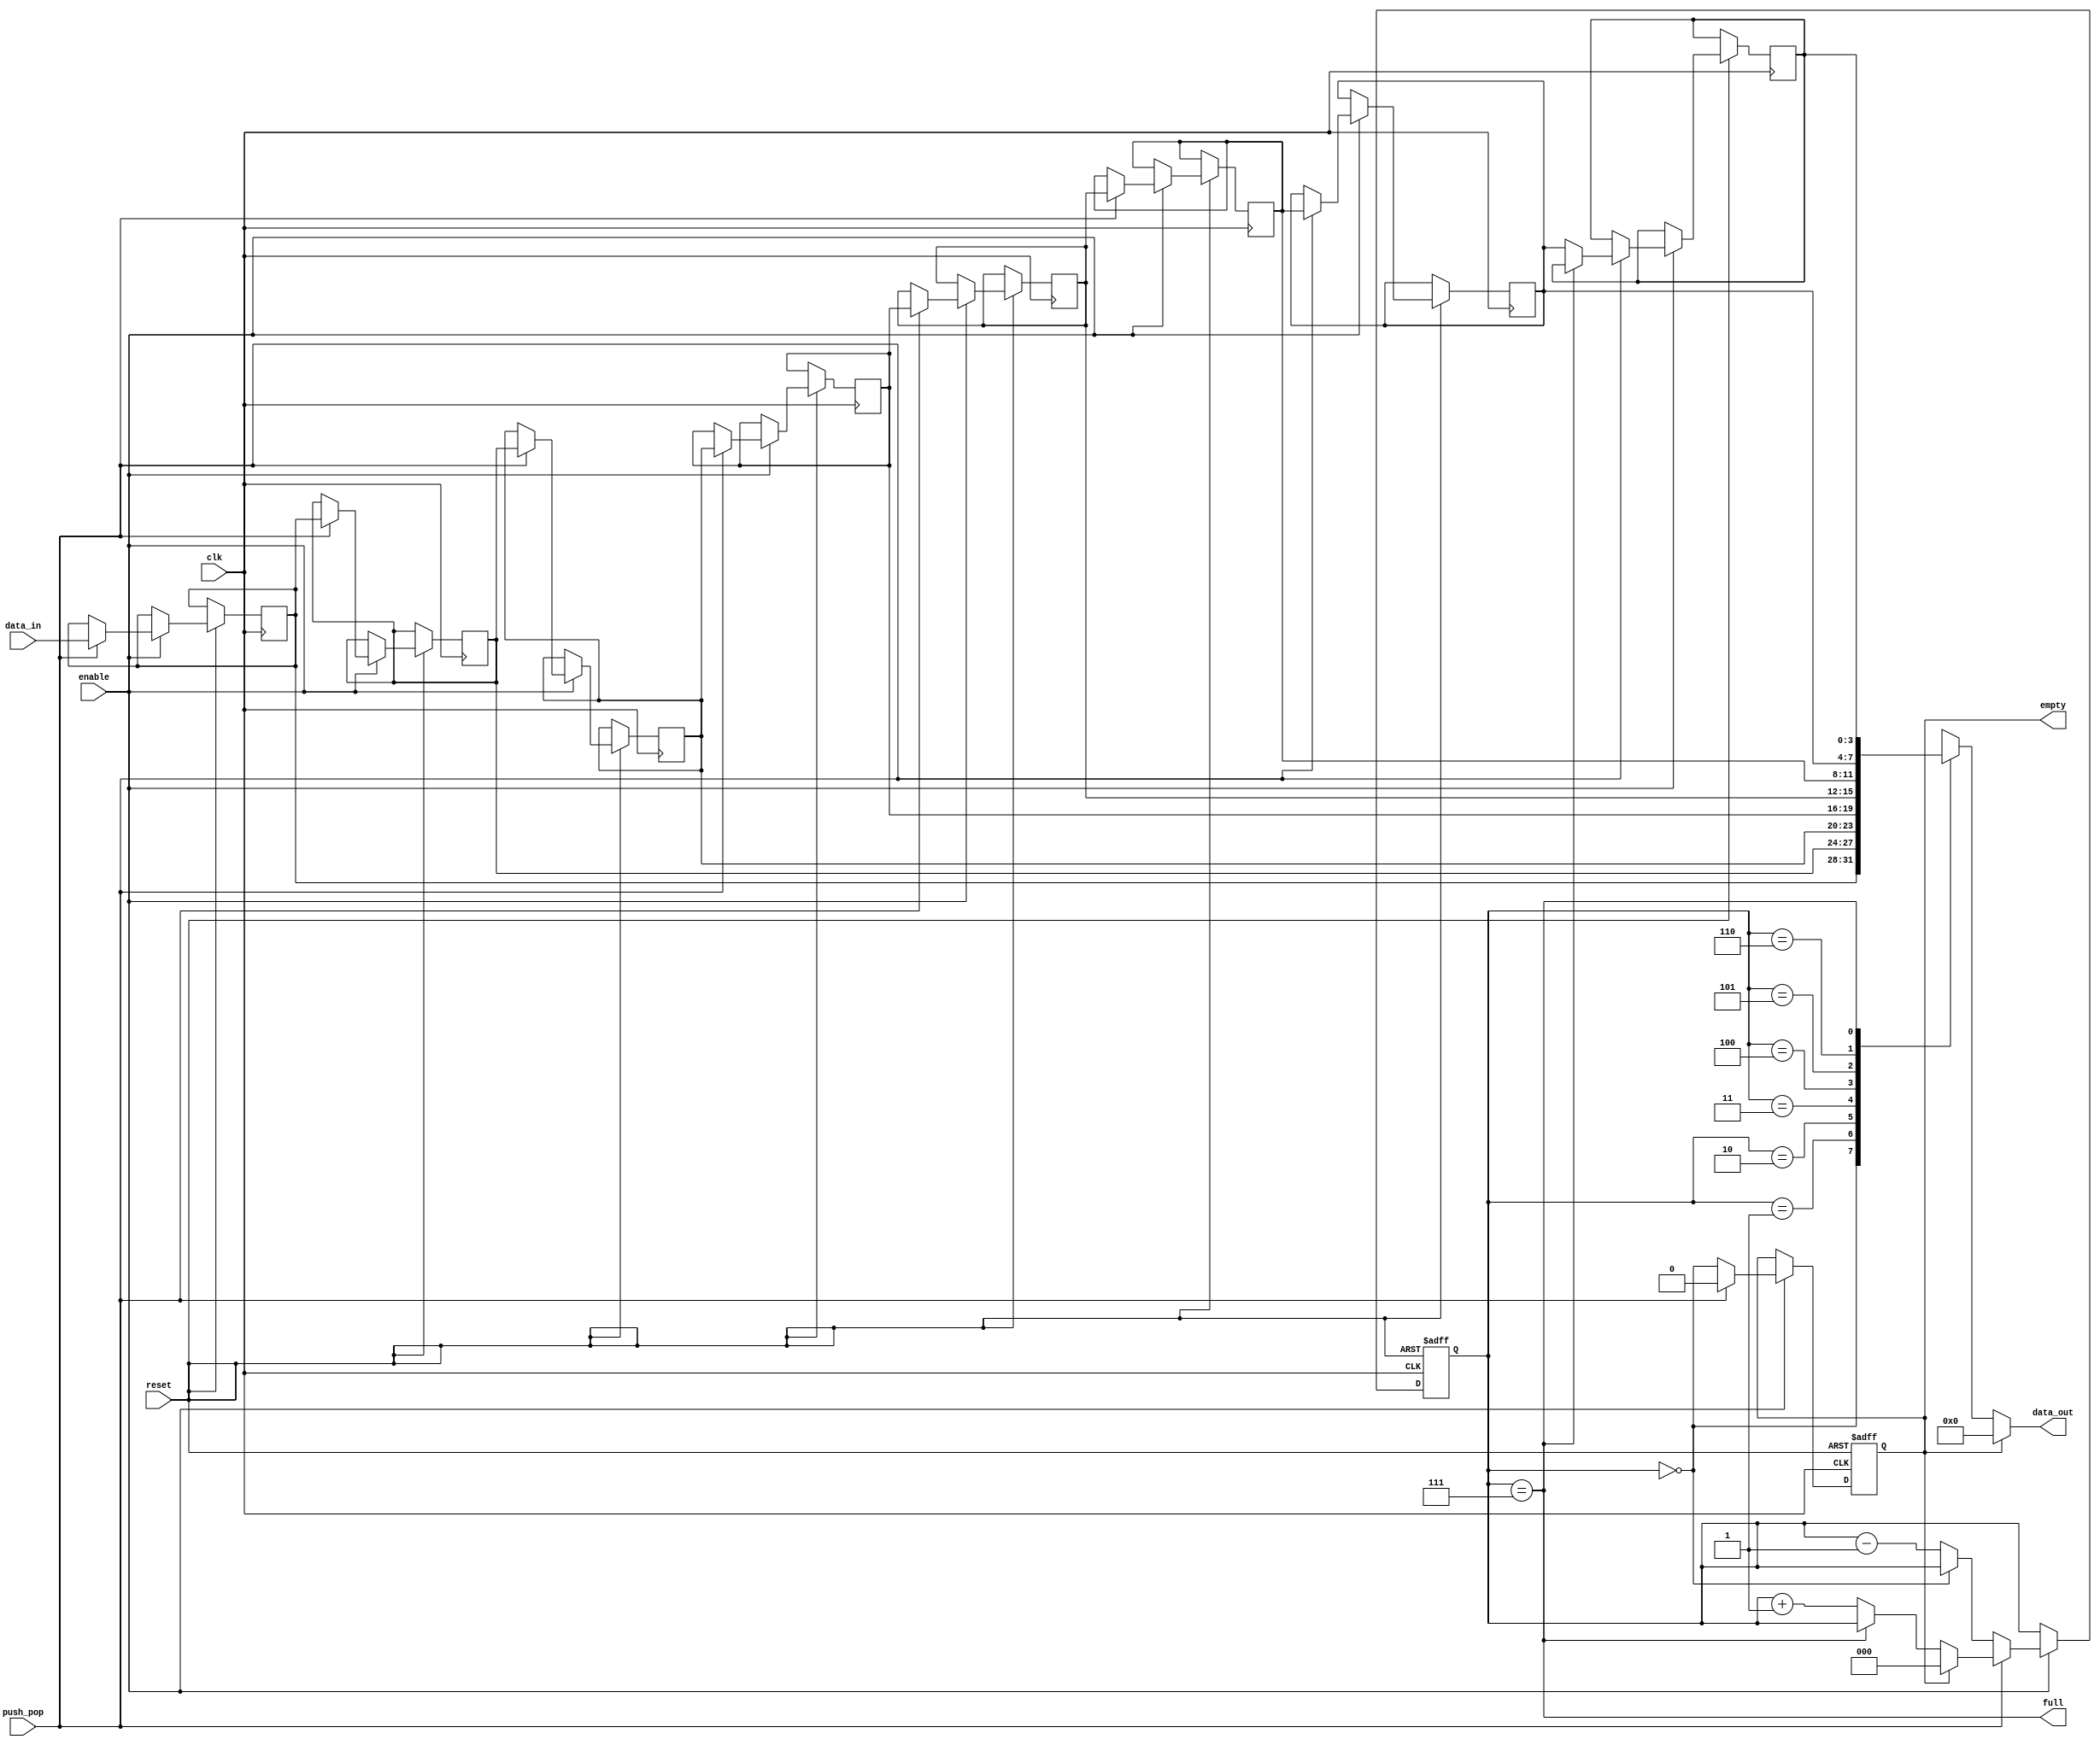
module Queue_4bit_8(clk, reset, enable, push_pop, data_in, full, empty, data_out);
input clk, reset, enable, push_pop;
input[3:0] data_in;
output full, empty;
output[3:0] data_out;

reg[2:0] read_idx;
reg empty;
reg[3:0] queue_mem[7:0];

always@(posedge clk, negedge reset)
	if (!reset)
		begin
			read_idx <= 3'd0;
			empty <= 1'b1;
		end
	else
		if (enable)
			if (push_pop) // push
				begin
					if (!full)
						queue_mem[7] <= queue_mem[6];
						queue_mem[6] <= queue_mem[5];
						queue_mem[5] <= queue_mem[4];
						queue_mem[4] <= queue_mem[3];
						queue_mem[3] <= queue_mem[2];
						queue_mem[2] <= queue_mem[1];
						queue_mem[1] <= queue_mem[0];
						queue_mem[0] <= data_in;

					if (empty)
						begin
							empty <= 1'b0;
							read_idx <= 3'd0;
						end
					else
						read_idx <= full ? read_idx : read_idx + 3'd1;
					
				end
			else // pop
				begin
					read_idx <= (read_idx==3'd0 ? read_idx : read_idx - 3'd1);
					empty <= (read_idx==3'd0);
				end
				
assign full = (read_idx == 3'd7);
assign data_out = empty ? 4'd0 : queue_mem[read_idx];

endmodule